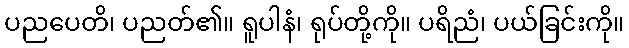
ပညပေတိ၊ ပညတ်၏။ ရူပါနံ၊ ရုပ်တို့ကို။ ပရိညံ၊ ပယ်ခြင်းကို။